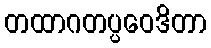
တထာဂတပ္ပဝေဒိတာ